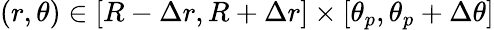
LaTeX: (r,\theta)\in[R-\Delta r,R+\Delta r]\times[\theta_{p},\theta_{p}+\Delta\theta]